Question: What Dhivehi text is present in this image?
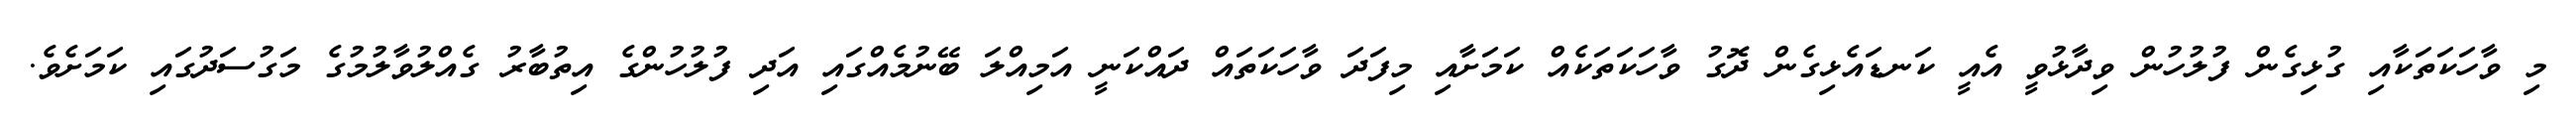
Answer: މި ވާހަކަތަކާއި ގުޅިގެން ފުލުހުން ވިދާޅުވީ އެއީ ކަނޑައެޅިގެން ދޮގު ވާހަކަތަކެއް ކަމަށާއި މިފަދަ ވާހަކަތައް ދައްކަނީ އަމިއްލަ ބޭނުމެއްގައި އަދި ފުލުހުންގެ އިތުބާރު ގެއްލުވާލުމުގެ މަގުސަދުގައި ކަމަށެވެ.